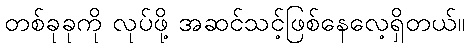
တစ်ခုခုကို လုပ်ဖို့ အဆင်သင့်ဖြစ်နေလေ့ရှိတယ်။